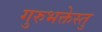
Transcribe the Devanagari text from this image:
गुरुभक्तेस्तु